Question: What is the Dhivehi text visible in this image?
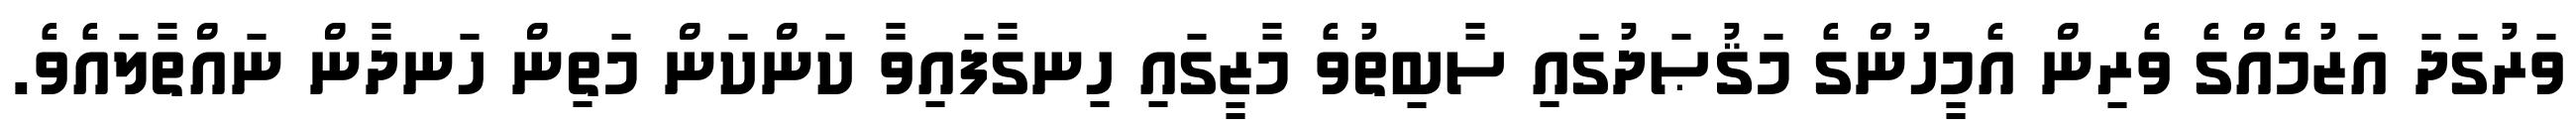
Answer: ވަރުގަދަ އަޒުމެއްގެ ވެރިން އެމީހުންގެ މަޤުޞަދުގައި ސާބިތުވެ މާޒީގައި ހިނގާފައިވާ ކަންކަން މަތިން ހަނދާން ނައްތާލައެވެ.